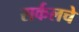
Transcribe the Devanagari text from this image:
सर्कलचे